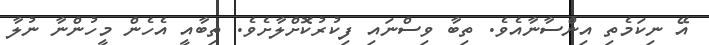
އޭ ނިކަމެތި އިންސާނާއެވެ. ތިބާ ވިސްނައި ފިކުރުކޮށްލާށެވެ. ތިބާއީ އެހެން މީހުންނާ ނުލާ